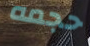
حجمه